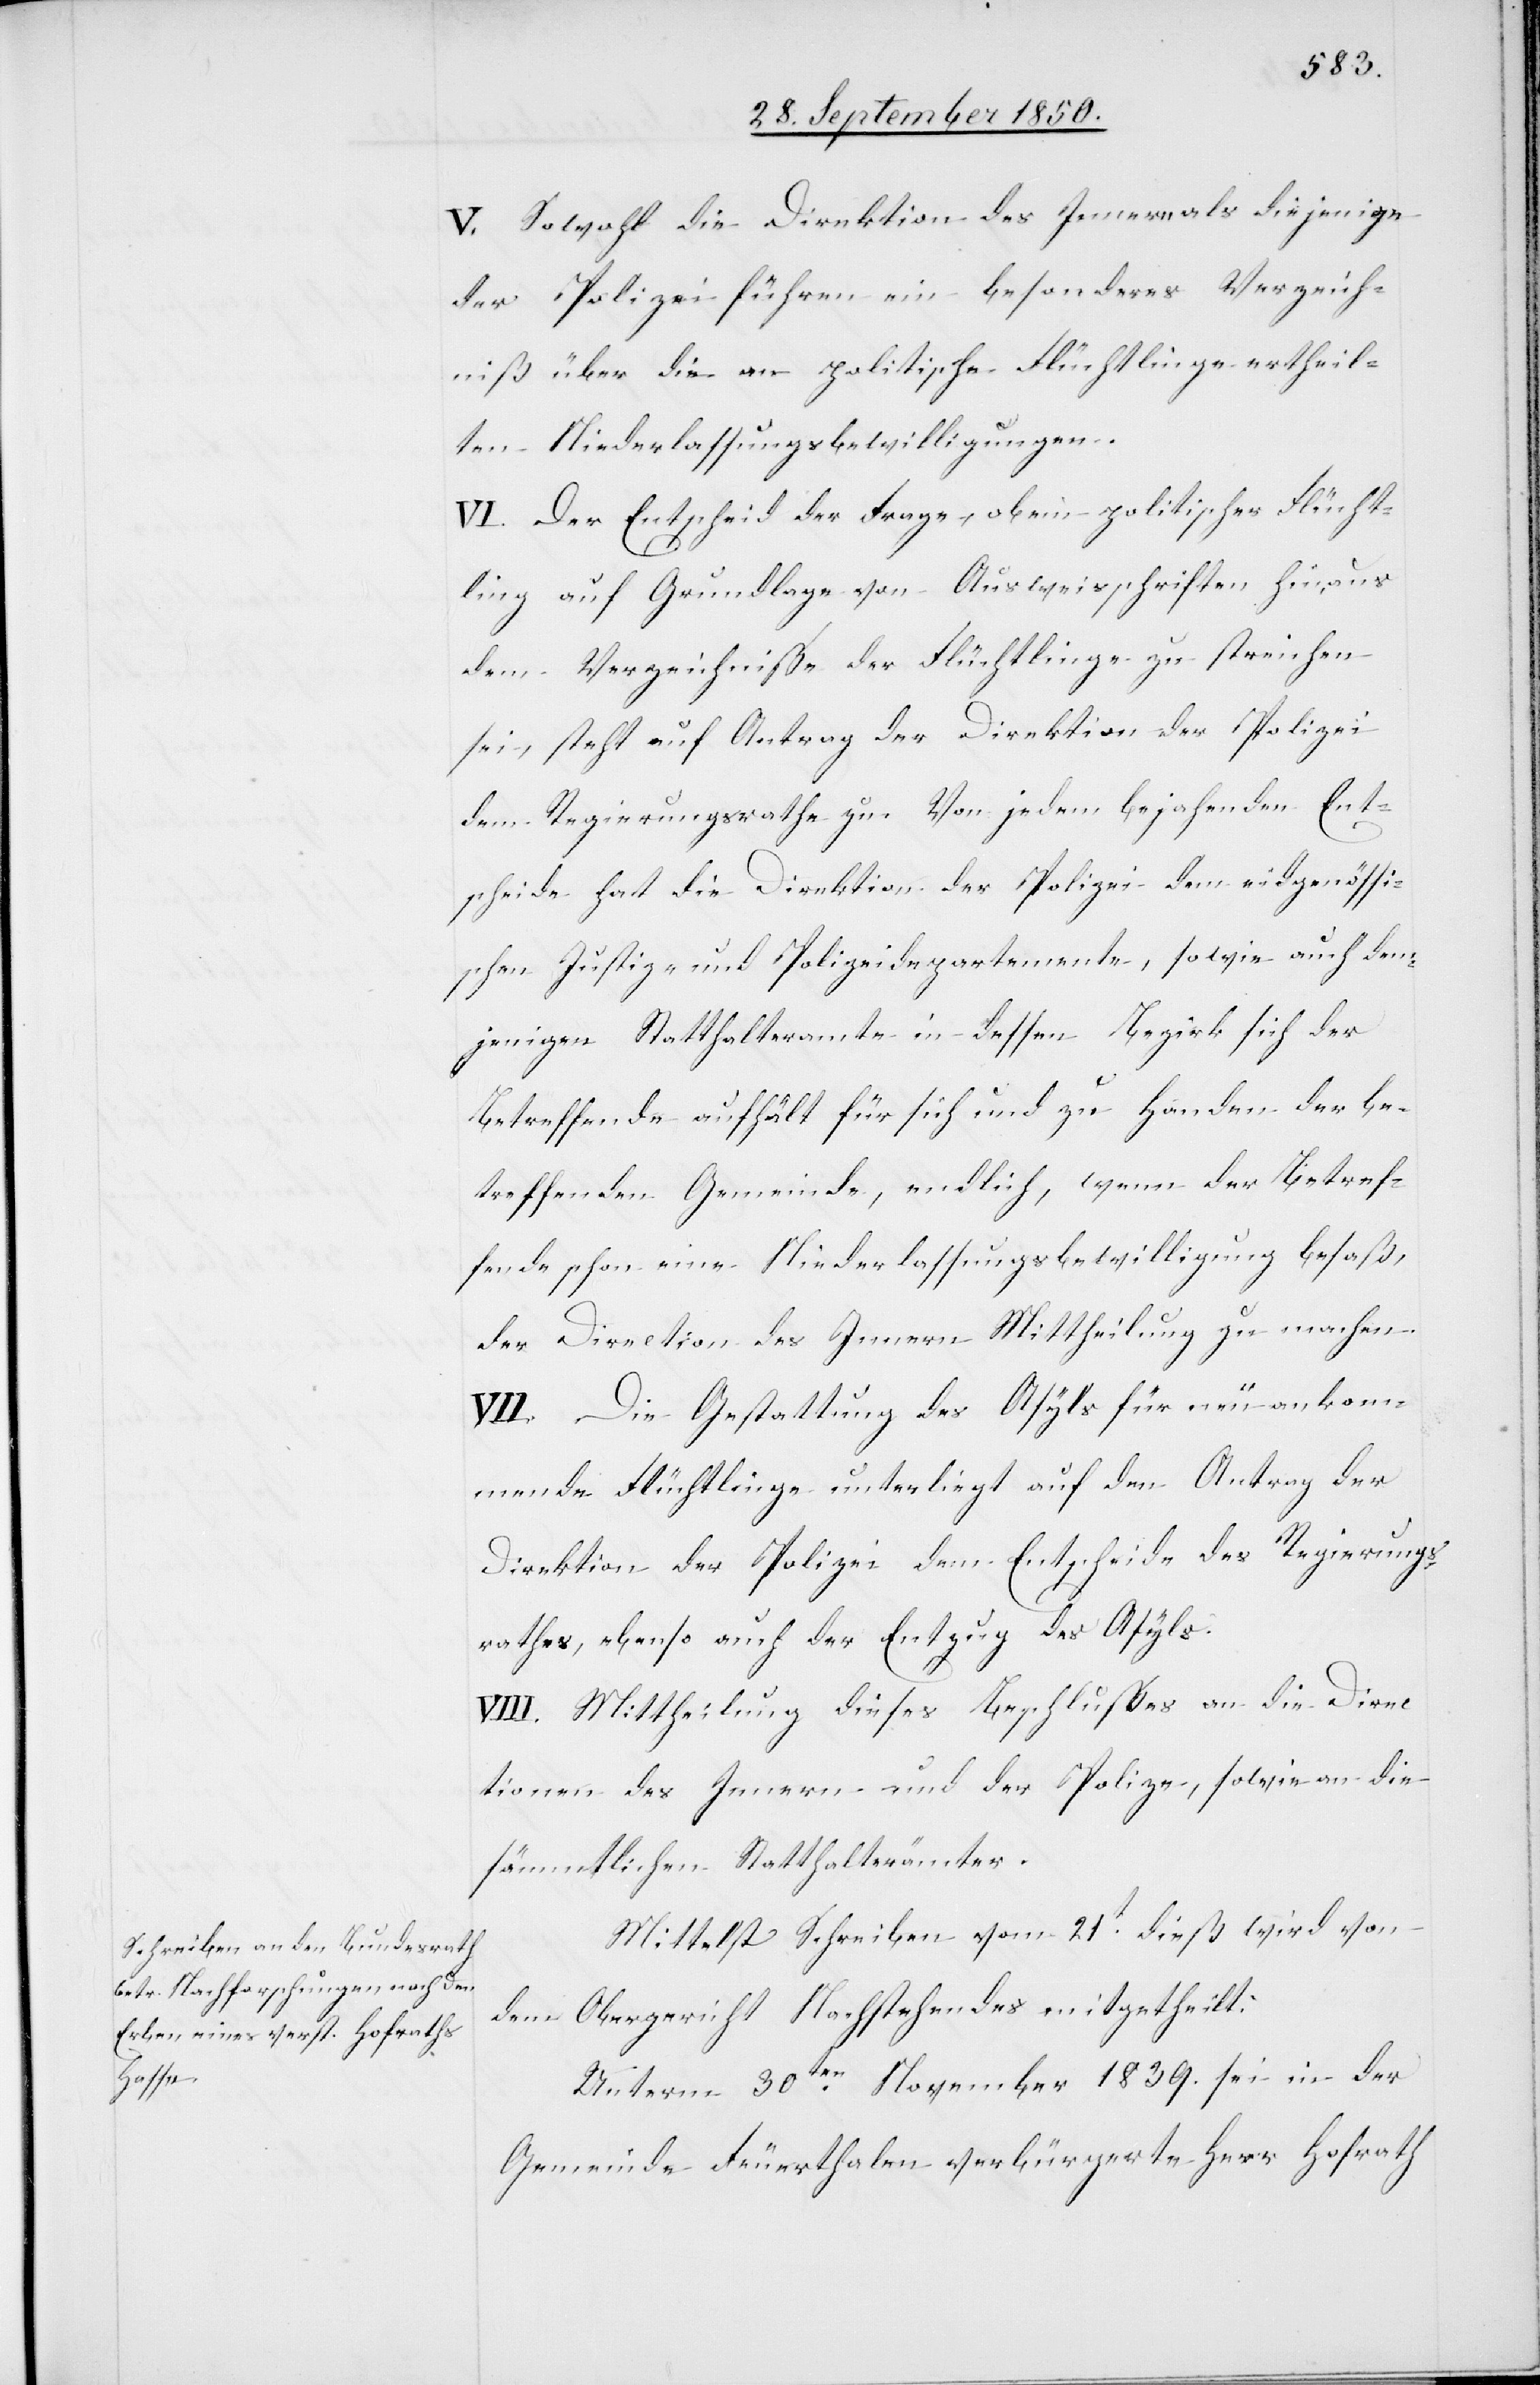
V. Sowohl die Direktion des Innern als diejenige
der Polizei führen ein besonderes Verzeich¬
niß über die an politische Flüchtlinge ertheil¬
ten Niederlassungsbewilligungen.
VI. Der Entscheid der Frage, ob ein politischer Flücht¬
ling auf Grundlage von Ausweisschriften hinaus
dem Verzeichnisse der Flüchtlinge zu streichen
sei, steht auf Antrag der Direktion der Polizei
dem Regierungsrathe zu. Von jedem bejahenden Ent¬
scheide hat die Direktion der Polizei dem eidgenössi¬
schen Justiz- und Polizeidepartemente, sowie auch dem¬
jenigen Statthalteramte in dessen Bezirk sich der
Betreffende aufhält für sich und zu Handen der be¬
treffenden Gemeinde, endlich, wenn der Betref¬
fende schon eine Niederlassungsbewilligung besaß,
der Direction des Innern Mittheilung zu machen.
VII. Die Gestattung des Asyls für neu ankom¬
mende Flüchtlinge unterliegt auf den Antrag der
Direktion der Polizei dem Entscheide des Regierungs¬
rathes, ebenso auch der Entzug des Asyls.
VIII. Mittheilung dieses Beschlußes an die Direc¬
tionen des Innern und der Polize[i], sowie an die
sämmtlichen Statthalterämter.
Mittelst Schreiben vom 21t dieß wird von
dem Obergericht Nachstehendes mitgetheilt:
Unterm 30ten November 1839. sei in der
Gemeinde Feuerthalen verbürgerte Herr Hofrath